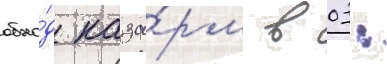
обхо́д каза́рм в 03: